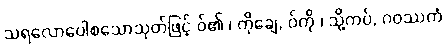
သရလောပေါစသောသုတ်ဖြင့် ဝ်၏ ၊ ကိုချေ, ဝ်ကို ၊ သို့ကပ်, ဂဝဿကံ